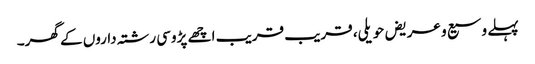
پہلے وسیع و عریض حویلی، قریب قریب اچھے پڑوسی رشتہ داروں کے گھر۔